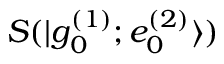
S ( | g _ { 0 } ^ { ( 1 ) } ; e _ { 0 } ^ { ( 2 ) } \rangle )